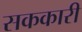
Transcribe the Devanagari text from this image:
सककारी